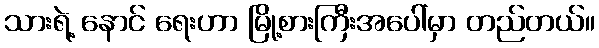
သားရဲ့ နောင် ရေးဟာ မြို့စားကြီးအပေါ်မှာ တည်တယ်။